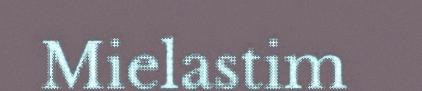
Mielastim